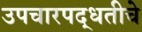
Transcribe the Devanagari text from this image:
उपचारपद्धतीचे